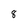
Character: 8